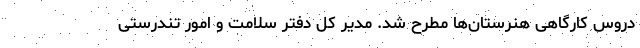
دروس کارگاهی هنرستان‌ها مطرح شد. مدیر کل دفتر سلامت و امور تندرستی